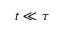
t \ll \tau